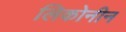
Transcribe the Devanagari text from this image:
लिकोनीन